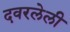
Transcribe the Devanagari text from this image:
दवरलेली